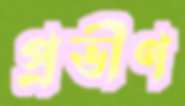
প্রভীণ